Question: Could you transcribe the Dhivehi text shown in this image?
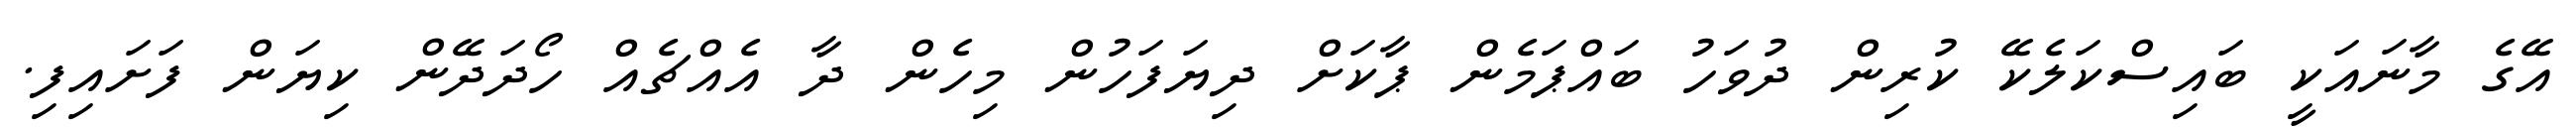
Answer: އޭގެ މާނައަކީ ބައިސްކަލެކޭ ކުރިން ދުވަހު ބައްޕަމެން ޕާކަށް ދިޔަފަހުން މިހެން ދާ އެއްޗެއް ހޯދަދޭން ކިޔަން ފަށައިފި.